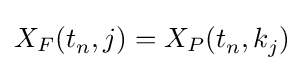
X_{F}(t_{n}^{},j)=X_{P}(t_{n}^{},k_{j}^{})